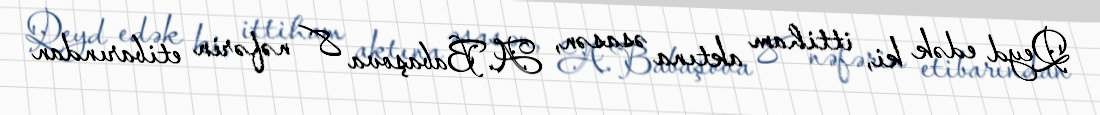
Qeyd edək ki, ittiham aktına əsasən, A.Babaşova 8 nəfərin etibarından